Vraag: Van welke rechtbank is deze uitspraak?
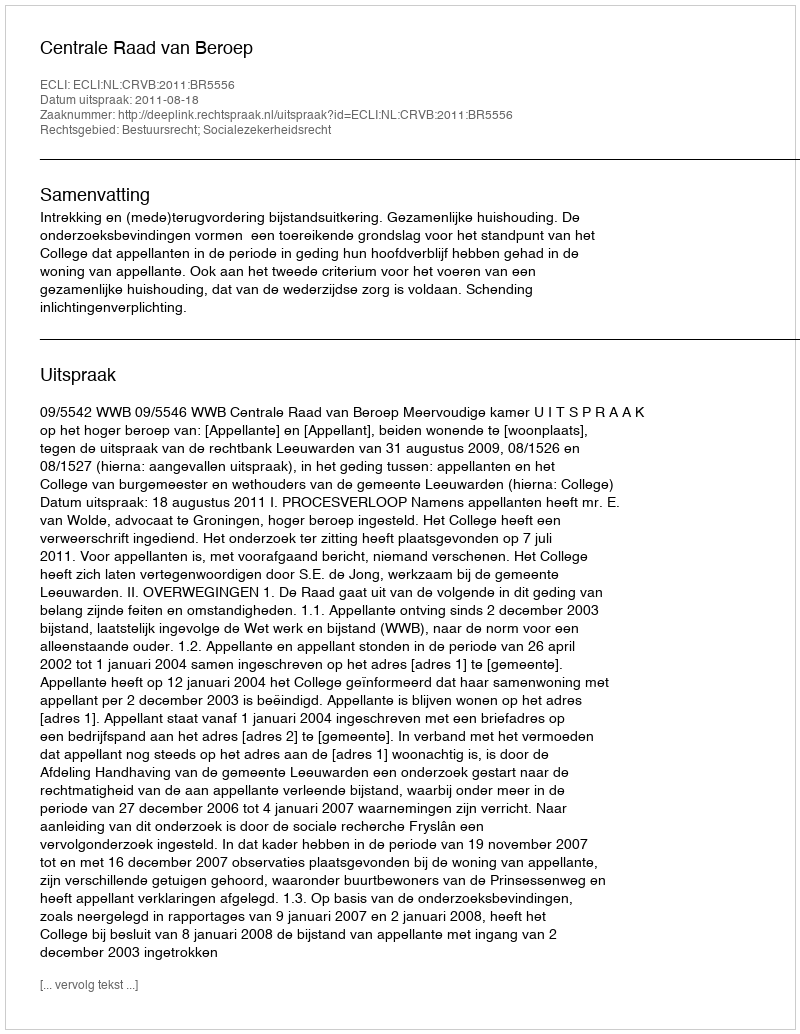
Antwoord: Centrale Raad van Beroep